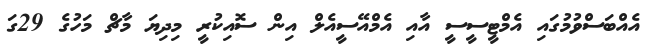
އެއްބަސްވުމުގައި އެމްޓީސީސީ އާއި އެމްއޭސީއެލް އިން ސޮއިކުރީ މިދިޔަ މާޗް މަހުގެ 29ގަ